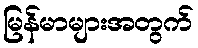
မြန်မာများအတွက်